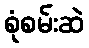
စုံစမ်းဆဲ